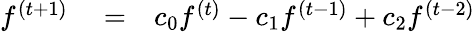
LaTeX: \begin{array}{rlr}{f^{(t+1)}}&{{}=}&{c_{0}f^{(t)}-c_{1}f^{(t-1)}+c_{2}f^{(t-2)}}\end{array}